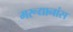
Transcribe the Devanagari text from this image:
मरूद्यानांस